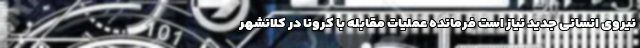
نیروی انسانی جدید نیاز است فرمانده عملیات مقابله با کرونا در کلانشهر